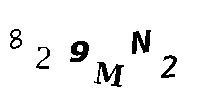
829MN2